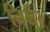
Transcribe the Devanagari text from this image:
निर्भर